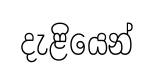
දැළියෙන්